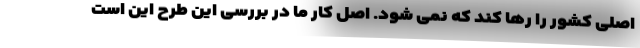
اصلی کشور را رها کند که نمی شود. اصل کار ما در بررسی این طرح این است